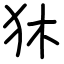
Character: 狇